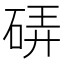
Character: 硦